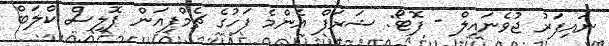
ނައިފަރު ޖުވެނައިލް - ފޮޓޯ: ޝަރަފް އެންމެ ފަހުގެ ޗެމްޕިއަން ޕޮލިސް ކްލަބް